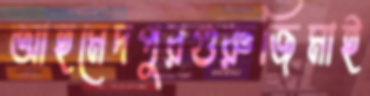
আহমেদপুরগুরুজিমাই